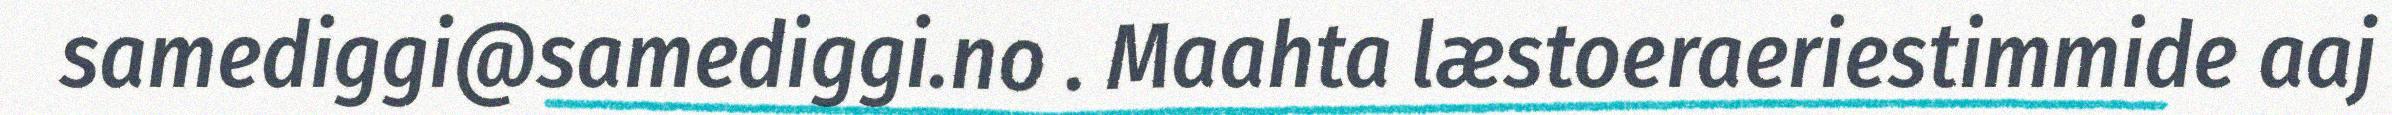
samediggi@samediggi.no . Maahta læstoeraeriestimmide aaj